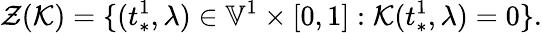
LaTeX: \mathcal{Z}(\mathcal{K})=\{ (t_{*}^{1},\lambda)\in\mathbb{V}^{1}\times[0,1]:\mathcal{K}(t_{*}^{1},\lambda)=0\} .